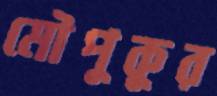
মৌপুকুর